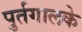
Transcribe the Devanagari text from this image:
पुर्तगालके